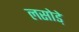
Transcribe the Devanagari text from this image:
लसोडे़